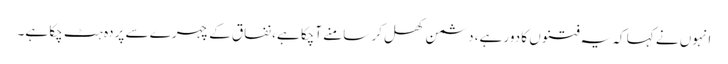
انہوں نے کہا کہ یہ فتنوں کا دور ہے، دشمن کھل کر سامنے آچکا ہے، نفاق کے چہرے سے پردہ ہٹ چکا ہے۔